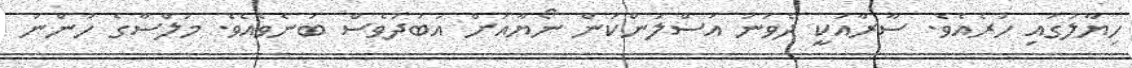
ހިޔާލުގައި ހުރެއެވެ. ސާރާއަކީ ދެވަނަ އަސްލަންކަން ނޯޔާއަށް އަބަދުވެސް ބުނެވެއެވެ. މަލްސާގެ ހުންނަ